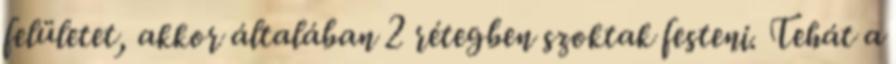
felületet, akkor általában 2 rétegben szoktak festeni. Tehát a